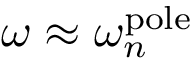
\omega \approx \omega _ { n } ^ { \mathrm { p o l e } }